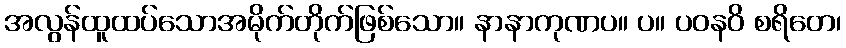
အလွန်ထူထပ်သောအမိုက်တိုက်ဖြစ်သော။ နာနာကုဏပ။ ပ။ ပဝနဝိ စရိတေ၊